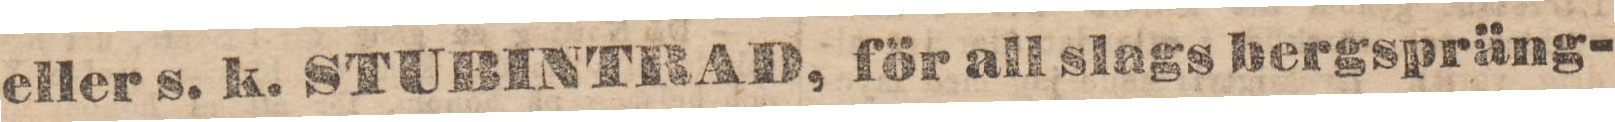
eller s. k. STUBINTRAD, för all slags bergspräng-